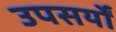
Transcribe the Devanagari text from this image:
उपसर्यों